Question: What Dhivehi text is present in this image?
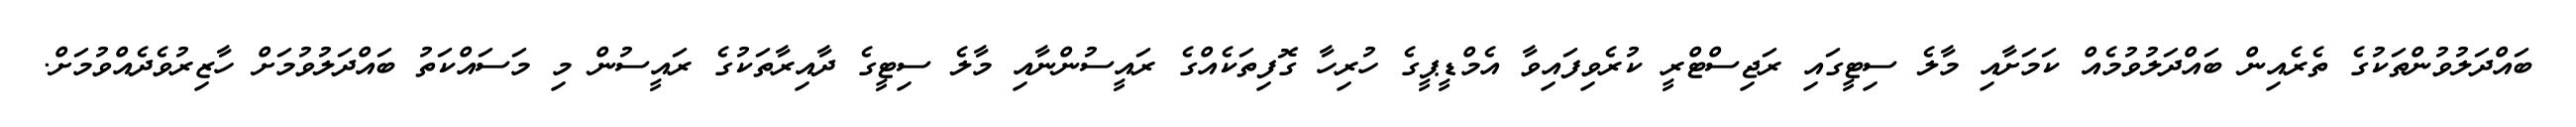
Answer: ބައްދަލުވުންތަކުގެ ތެރެއިން ބައްދަލުވުމެއް ކަމަށާއި މާލެ ސިޓީގައި ރަޖިސްޓްރީ ކުރެވިފައިވާ އެމްޑީޕީގެ ހުރިހާ ގޮފިތަކެއްގެ ރައީސުންނާއި މާލެ ސިޓީގެ ދާއިރާތަކުގެ ރައީސުން މި މަސައްކަތު ބައްދަލުވުމަށް ހާޒިރުވެދެއްވުމަށް.